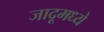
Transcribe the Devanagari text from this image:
जादूमध्ये